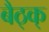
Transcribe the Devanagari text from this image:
बैठ्क्